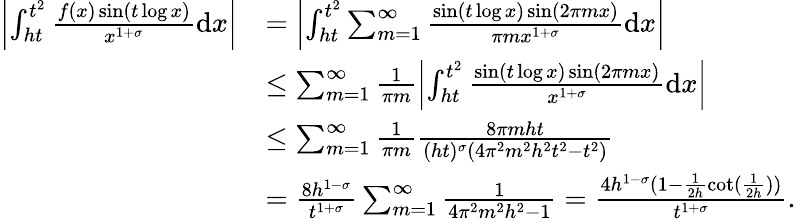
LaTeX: \begin{array}{rl}{\left|\int_{ht}^{t^{2}}\frac{f(x)\sin(t\log x)}{x^{1+\sigma}}\mathrm{d}x\right|}&{=\left|\int_{ht}^{t^{2}}\sum_{m=1}^{\infty}\frac{\sin(t\log x)\sin(2\pi mx)}{\pi mx^{1+\sigma}}\mathrm{d}x\right|}\\ &{\le\sum_{m=1}^{\infty}\frac{1}{\pi m}\left|\int_{ht}^{t^{2}}\frac{\sin(t\log x)\sin(2\pi mx)}{x^{1+\sigma}}\mathrm{d}x\right|}\\ &{\le\sum_{m=1}^{\infty}\frac{1}{\pi m}\frac{8\pi mht}{(ht)^{\sigma}(4\pi^{2}m^{2}h^{2}t^{2}-t^{2})}}\\ &{=\frac{8h^{1-\sigma}}{t^{1+\sigma}}\sum_{m=1}^{\infty}\frac{1}{4\pi^{2}m^{2}h^{2}-1}=\frac{4h^{1-\sigma}(1-\frac{1}{2h}\cot(\frac{1}{2h}))}{t^{1+\sigma}}.}\end{array}